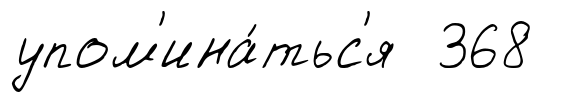
упом'ина́тьс'я 368